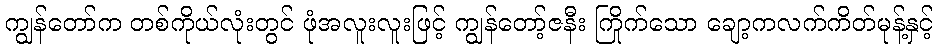
ကျွန်တော်က တစ်ကိုယ်လုံးတွင် ဖုံအလူးလူးဖြင့် ကျွန်တော့်ဇနီး ကြိုက်သော ချော့ကလက်ကိတ်မုန့်နှင့်